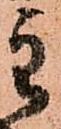
主